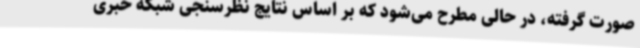
صورت گرفته، در حالی مطرح می‌شود که بر اساس نتایج نظرسنجی شبکه خبری